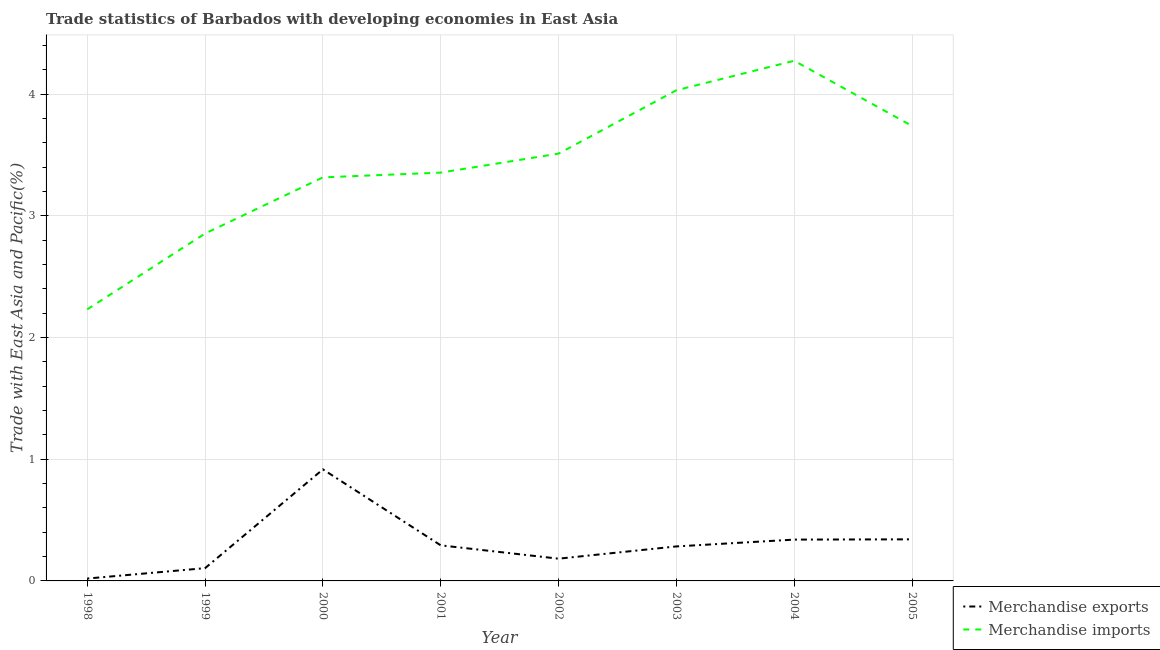
| Year | Merchandise exports | Merchandise imports |
 | --- | --- | --- |
 | 1998 | 0.0195 | 2.23 |
 | 1999 | 0.105 | 2.85 |
 | 2000 | 0.917 | 3.32 |
 | 2001 | 0.292 | 3.36 |
 | 2002 | 0.183 | 3.51 |
 | 2003 | 0.283 | 4.03 |
 | 2004 | 0.34 | 4.27 |
 | 2005 | 0.342 | 3.74 |